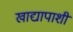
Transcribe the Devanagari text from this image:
खाद्यापाशी